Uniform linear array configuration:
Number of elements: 32
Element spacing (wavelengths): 0.75
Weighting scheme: blackman
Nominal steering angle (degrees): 45
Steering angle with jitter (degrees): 43.705
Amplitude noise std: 0.05
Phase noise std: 0.05

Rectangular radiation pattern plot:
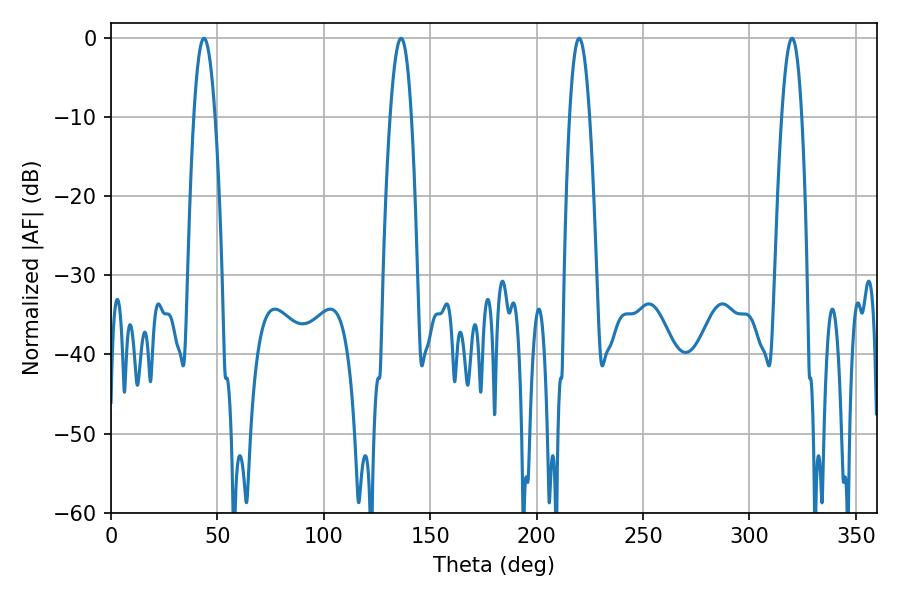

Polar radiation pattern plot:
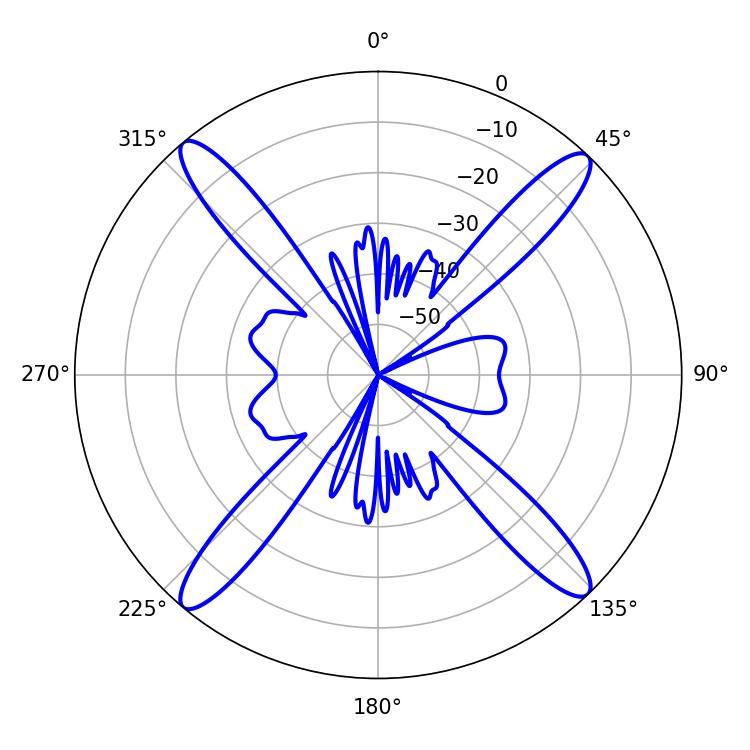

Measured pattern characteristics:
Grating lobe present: TRUE
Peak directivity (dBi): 20.594
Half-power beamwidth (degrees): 5.22
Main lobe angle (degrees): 219.96